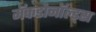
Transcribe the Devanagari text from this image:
मॅकडोनॉल्ड्स